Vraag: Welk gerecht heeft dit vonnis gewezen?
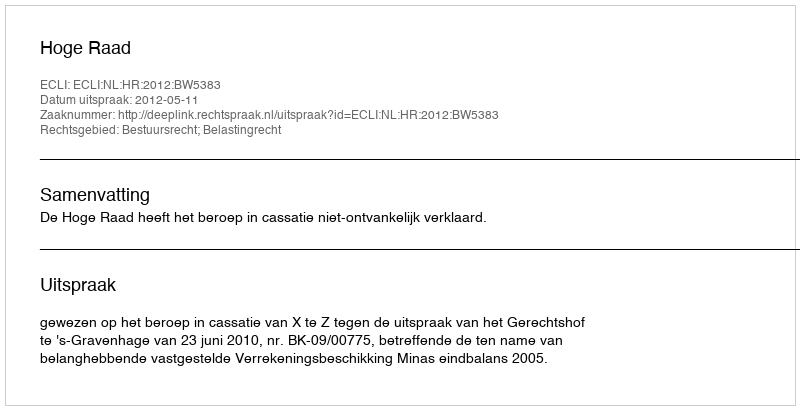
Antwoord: Hoge Raad